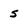
Character: s